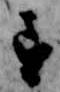
す